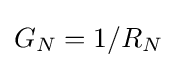
G_{N}=1/R_{N}